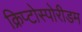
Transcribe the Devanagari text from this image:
क्रिप्टोस्पोरीडम